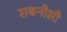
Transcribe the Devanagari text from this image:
सबनीसी